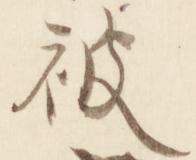
被